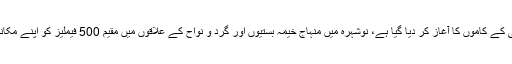
افتخار شاہ بخاری نے بتایا کہ تیسرے اور آخری مرحلے میں متاثرین سیلاب کی مستقل بحالی کے کاموں کا آغاز کر دیا گیا ہے، نوشہرہ میں منہاج خیمہ بستیوں اور گرد و نواح کے علاقوں میں مقیم 500 فیملیز کو اپنے مکانات کی معمولی مرمت کیلئے 1 کروڑ 22 لاکھ 50 ہزار روپے کی نقد رقوم فراہم کی گئیں۔